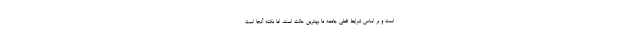
است و بر اساس شرایط فعلی جامعه ما بهترین حالت است، اما نکته آنجا است